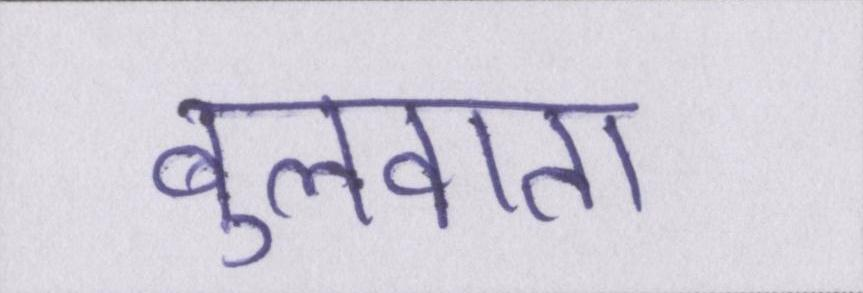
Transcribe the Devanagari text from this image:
बुलवाता